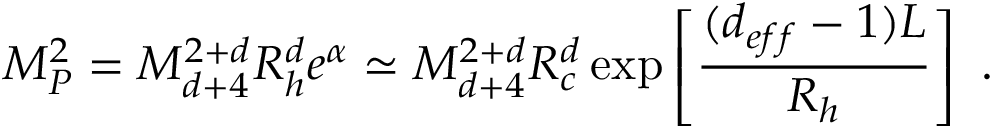
M _ { P } ^ { 2 } = M _ { d + 4 } ^ { 2 + d } R _ { h } ^ { d } e ^ { \alpha } \simeq M _ { d + 4 } ^ { 2 + d } R _ { c } ^ { d } \exp \left[ \frac { ( d _ { e f f } - 1 ) L } { R _ { h } } \right] \ .